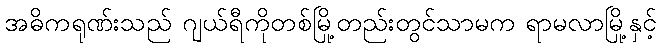
အဓိကရုဏ်းသည် ဂျယ်ရီကိုတစ်မြို့တည်းတွင်သာမက ရာမလာမြို့နှင့်